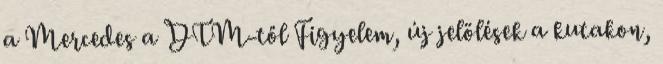
a Mercedes a DTM-től Figyelem, új jelölések a kutakon,